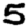
Digit: 5